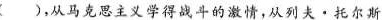
()，从马克思主义学得战斗的激情，从列夫。托尔斯